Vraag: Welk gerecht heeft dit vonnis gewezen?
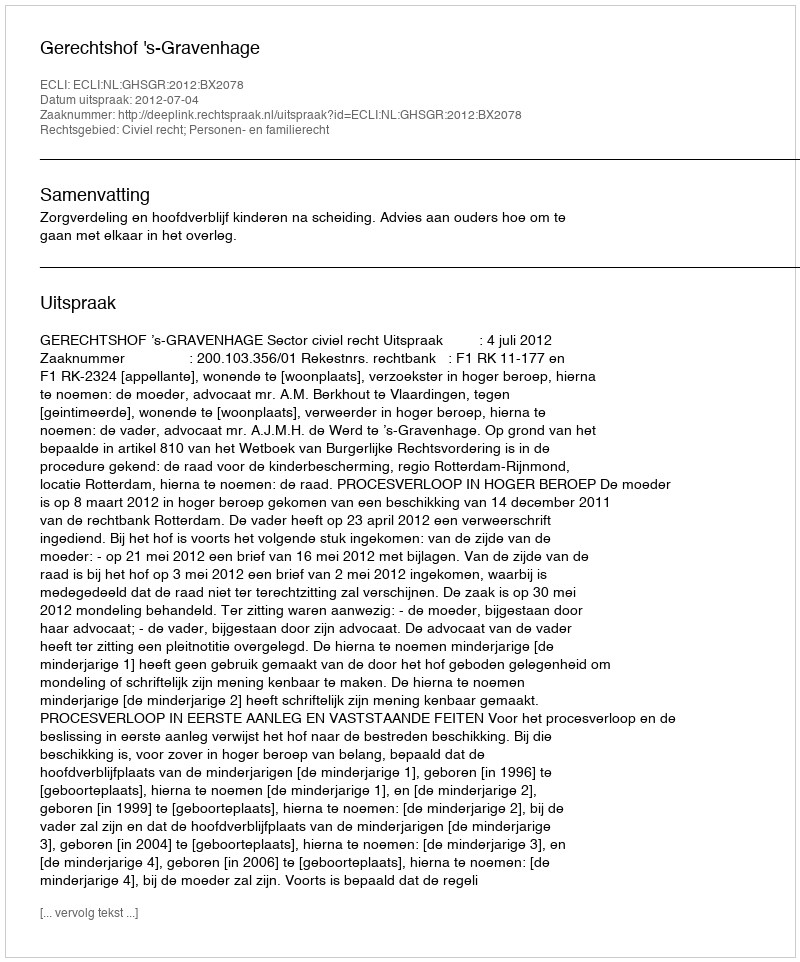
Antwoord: Gerechtshof 's-Gravenhage